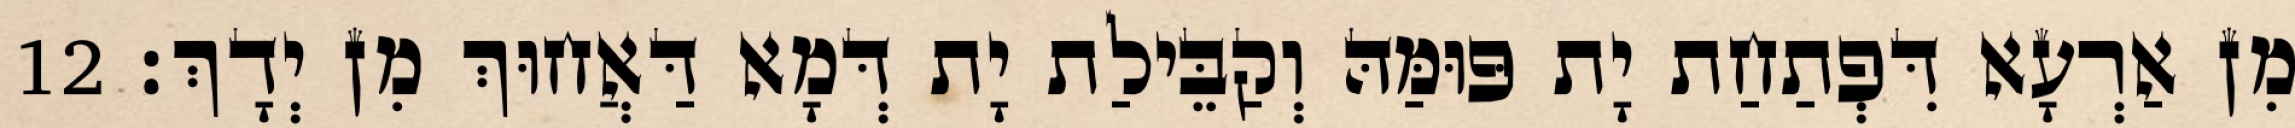
מִן אַרְעָא דִּפְתַחַת יָת פּוּמַּהּ וְקַבֵּילַת יָת דְּמָא דַּאֲחוּךְ מִן יְדָךְ׃ 12